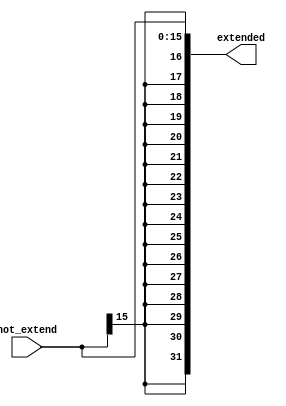
module Sign_extend #(parameter FROM = 16, TO = 32) (
           input [FROM - 1: 0] not_extend,
           output reg [ TO - 1: 0] extended
       );
always @( * )
begin
    if (TO > FROM) extended = {{(TO - FROM){not_extend[FROM - 1]}}, not_extend};
    else extended = not_extend;
end

endmodule